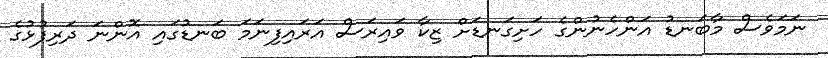
ނަމަވެސް މާބަނޑު އަންހެނުންގެ ހަށިގަނޑަށް ޒިކާ ވައިރަސް އަރައިފިނަމަ ބަނޑުގައި އޮންނަ ދަރިފުޅުގެ